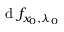
{ \textrm { d } } f _ { x _ { 0 } , \lambda _ { 0 } }